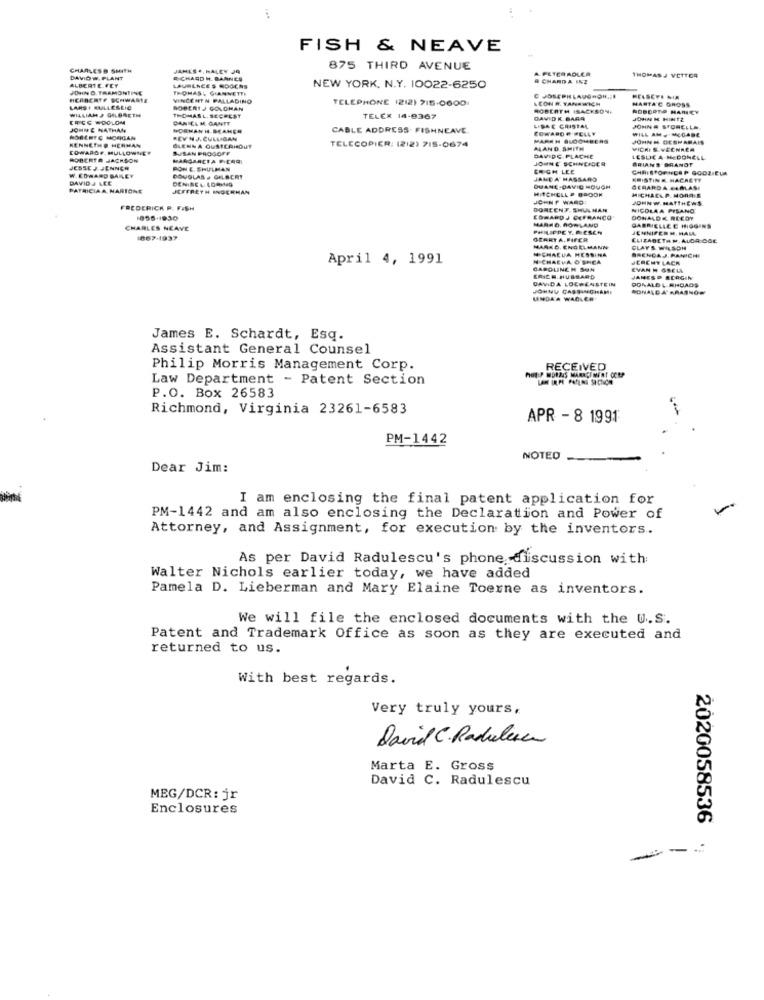
FISH & NEAVE
CHARLESD SMITH
JAMES *, HALEY JA
875 THIRD AVENUE
DAVID #. PLANT
ALBERTE FEY
CHARD H. BARNES
# CHARDA INZ
THOMAS J VETTCA
JOHN D. TRAMONTINE
THOMASI CANNETTE
LAURENCE S NOGENS
NEW YORK, N.Y. 10022-6250
HERBERTF SCHWARTE
VINCENTN PALLADINO
TELEPHONE 1212) 715-0600
C JOSEPH LAUGHON./F
.CON #. YANAWICH
HELSEFE MIM
HARTA'C GROSS
WILLIAMJ GALONETH
LARSI RULLESLIC
ROBERT J GOLDMAN
HOBERTH ISACKSON
ROBERTO HARICY
ERGE -DOLOM
THOMASL. SECREST
DANIEL M. GANTT
TELEX 14-9367
DAVID K. BARA
JOHN M HINTZ
JOHN & NATHAN
NORMAN H. BEAMER
CABLE ADDRESS. FISHNEAVE
LISAE CRISTAL
COWARD # HELLY
JOHN # STORELLA
WILL AM .MCCABE
ROBERTO MORGAN
KENNETH@ HERMAN
REV NJ, CULLIGAN
TELECOPIER: (212) 715-0674
MARCH BLOOMBERG
JOHN H DESHAMAIS
EDWARD#. MULLOWNET
SUSAN PROGOFF
GLENNA OUSTERHOUT
ALAND. SMITH
MICHI S.VEENRER
ROBERT R JACHSON
MARGARETA FICARI
DAVIDG PLACHE
JOHNE SCHNEIDER
LESUE A MEDONELL
BRIANS BRANDT
JESSE J JENNER
PON E. SHULMAN
ERICH LEE
DAVID J LEE
W. EDWARD BALEY
DOUGLAS . GELEERT
DENISE &. LOONG
JANDA MASSARO
KRISTINE. HACRETE
PATRICIA A MARTONE
JEFFRETH INGERMAN
DUANE -DAVID HOUGH
MITCHELL P BROOK
GERARDA FARLASI
MICHAELP. MORALE
ICHNP WARDT
FREDERICK P. FISH
DOREENF. SHULMAN
NICOLAA PISANO
COWARD J CEFRANCO"
MARAD ROWLAND
DONALD K REEDY
CHARLES NEAVE
PHILIPPE Y. MESCH
GABRIELLEE HIGGINS
JENNIFER M. HALL
1067-1937
GERRY A, FIFER
ELIZABETH M. ALDRIGOE
MICHAELA MESSINA
MARKO. ENGELMANN
CLAYS WILSON
April 4, 1991
N CHAEVA O'SHEA
BRENDA J. RAMICHE
JEREMY LACK
CAPOLINCH SUN
EVAN H GRELL
DAVIDA LOCAENSTEIN
ERICH. HUBBARD
DONALD L RHOADS
JANESP SCRGIN
JOHNU CASSINGHAME
NONALDA BRASNOW
UNDKA WADLER'
James E. Schardt, Esq.
Assistant General Counsel
Philip Morris Management Corp.
RECEIVED
Law Department - Patent Section
P.O. Box 26583
Richmond, Virginia 23261-6583
APR - 8 1991
PM-1442
NOTED
Dear Jim:
I am enclosing the final patent application for
PM-1442 and am also enclosing the Declaration and Power of
Attorney, and Assignment, for execution by the inventors ..
As per David Radulescu's phone discussion with
Walter Nichols earlier today, we have added
Pamela D. Lieberman and Mary Elaine Toerne as inventors.
We will file the enclosed documents with the U.S.
Patent and Trademark Office as soon as they are executed and
returned to us.
With best regards.
Very truly yours,
David C. Radulescu
Marta E. Gross
David C. Radulescu
MEG/DCR: jr
Enclosures
2020058536